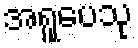
အရူပေသု